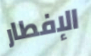
الإفطار